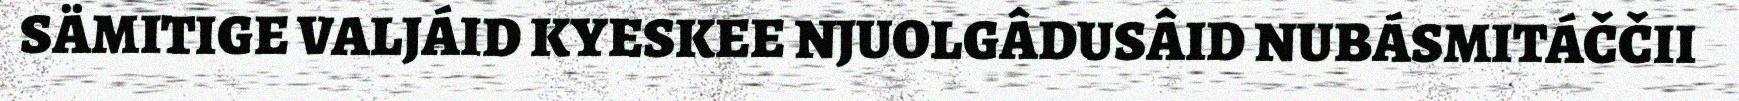
SÄMITIGE VALJÁID KYESKEE NJUOLGÂDUSÂID NUBÁSMITÁČČII